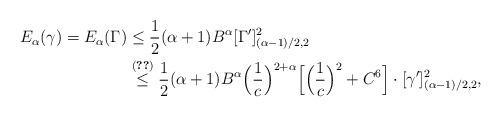
LaTeX: \begin{align*}E_\alpha(\gamma)=E_\alpha(\Gamma)&\le \frac 12 (\alpha+1){B}^\alpha[\Gamma']^2_{{(\alpha-1)/2,2}}\\& \overset{\eqref{seminormest-arclength}}{\le}\frac 12 (\alpha+1){B}^\alpha\Big( \frac 1c \Big)^{2+\alpha}\Big[\Big(\frac 1c \Big)^2+C^{6} \Big]\cdot [\gamma']^2_{{(\alpha-1)/2,2}}, \end{align*}